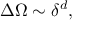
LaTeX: \Delta \Omega \sim \delta ^ { d } ,